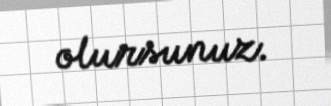
olursunuz.